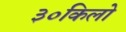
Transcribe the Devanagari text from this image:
३०किलो